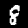
Digit: 8